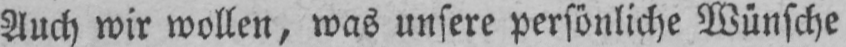
Auch wir wollen, was unsere persönliche Wünsche